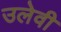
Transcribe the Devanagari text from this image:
उलेवी